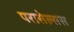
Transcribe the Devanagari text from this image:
परासेल्सस